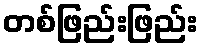
တစ်ဖြည်းဖြည်း